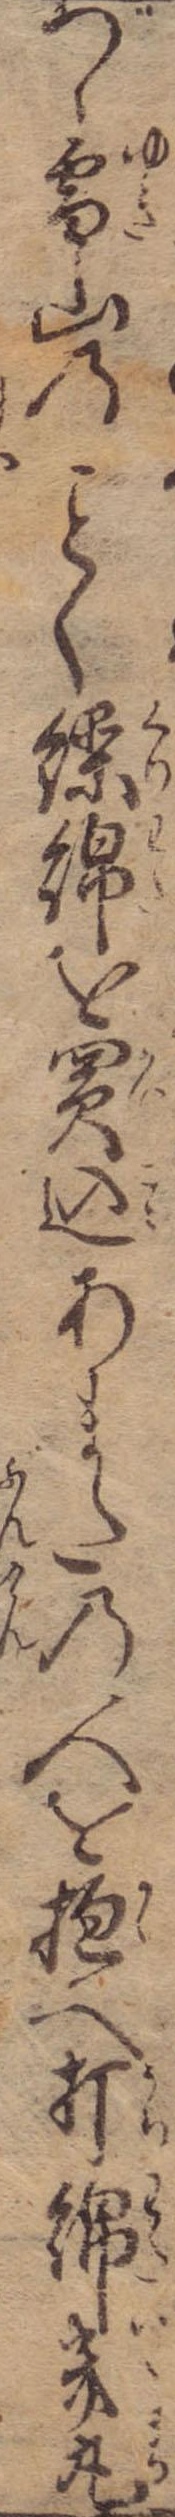
づゝ雪山のく繰綿を買込あまたの人を抱へ打綿幾丸